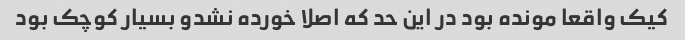
کیک واقعا مونده بود در این حد که اصلا خورده نشدو بسیار کوچک بود